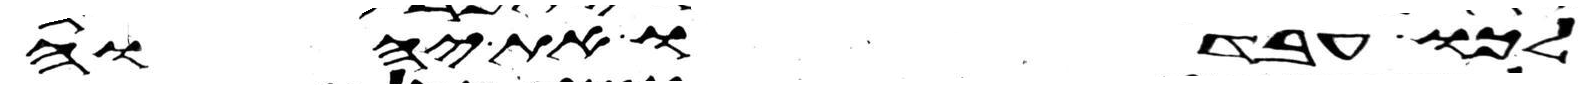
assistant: לכו עבדו את יהוה